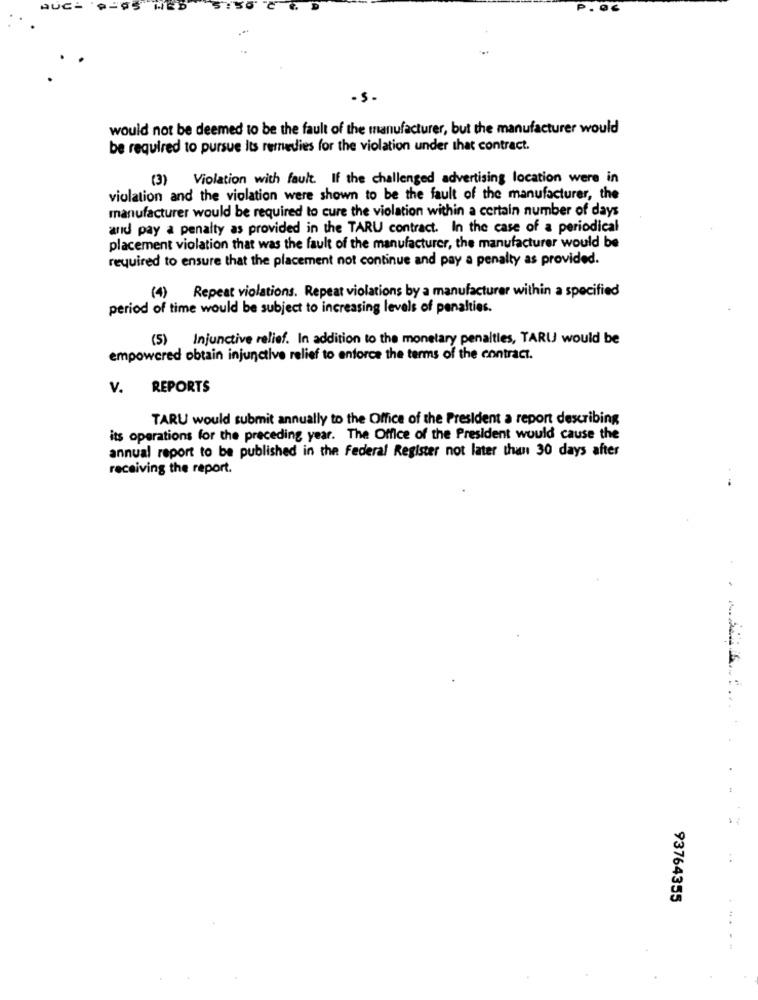
AUCH
would not be deemed to be the fault of the manufacturer, but the manufacturer would
be required to pursue its remedies for the violation under that contract.
(3)
Violation with fault. If the challenged advertising location were in
violation and the violation were shown to be the fault of the manufacturer, the
manufacturer would be required to cure the violation within a certain number of days
and pay a penalty as provided in the TARU contract. In the case of a periodical
placement violation that was the fault of the manufacturer, the manufacturer would be
required to ensure that the placement not continue and pay a penalty as provided.
Repeat violations. Repeat violations by a manufacturer within a specified
(4)
period of time would be subject to increasing levels of penalties.
(5) Injunctive relief. In addition to the monetary penalties, TARU would be
empowered obtain injunctive relief to enforce the terms of the contract.
V. REPORTS
TARU would submit annually to the Office of the President a report describing
its operations for the preceding year. The Office of the President would cause the
annual report to be published in the federal Register not later than 30 days after
receiving the report.
..
..
93764355